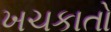
ખચકાતો